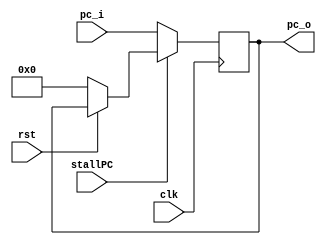
module PC (
    input clk,
    input rst,
    input stallPC,
    input [31:0] pc_i,
    output reg [31:0] pc_o
);
    
    always @(posedge clk) begin
        if(rst == 1'b0) pc_o <= 32'b0;
        if(~stallPC) pc_o <= pc_i;
    end

endmodule